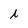
Character: i